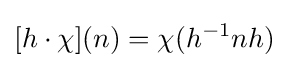
[h\cdot \chi ](n)=\chi (h^{-1}nh)